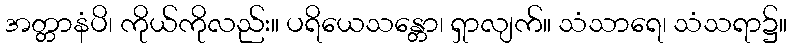
အတ္တာနံပိ၊ ကိုယ်ကိုလည်း။ ပရိယေသန္တော၊ ရှာလျက်။ သံသာရေ၊ သံသရာ၌။